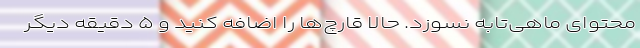
محتوای ماهی‌تابه نسوزد. حالا قارچ‌ها را اضافه کنید و ۵ دقیقه دیگر